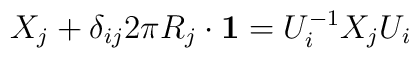
X_{j} + \delta_{ij}2\pi R_{j}\cdot {\bf 1} = U_{i}^{-1}X_{j}U_{i}